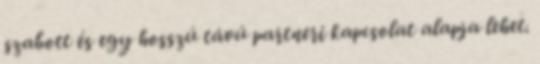
szabott és egy hosszú távú partneri kapcsolat alapja lehet.